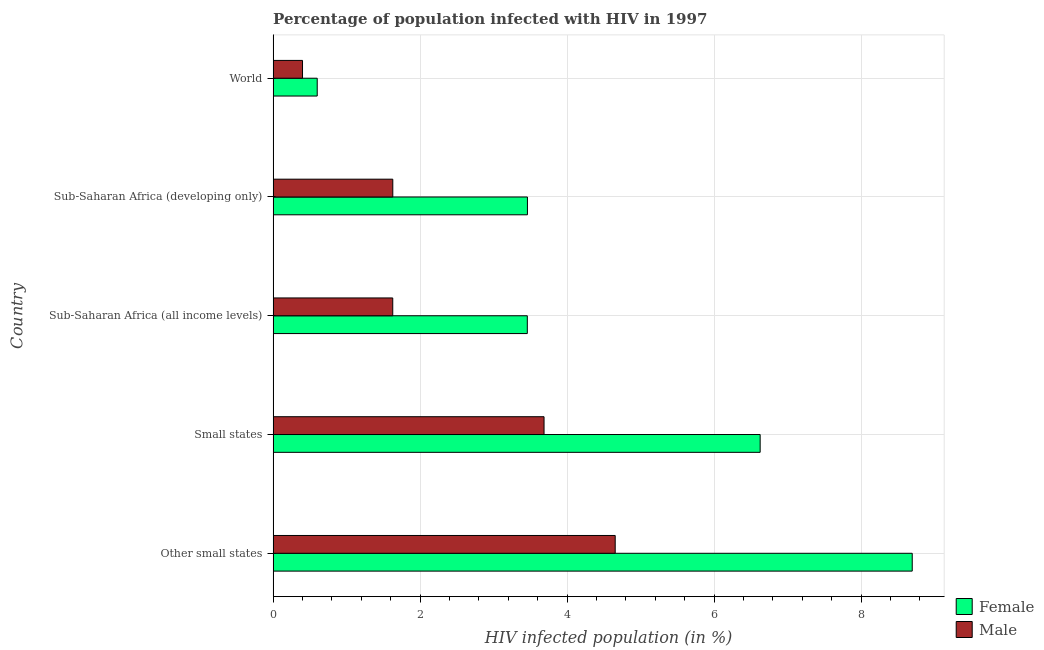
| Country | Female | Male |
 | --- | --- | --- |
 | Other small states | 8.7 | 4.66 |
 | Small states | 6.63 | 3.69 |
 | Sub-Saharan Africa (all income levels) | 3.46 | 1.63 |
 | Sub-Saharan Africa (developing only) | 3.46 | 1.63 |
 | World | 0.6 | 0.4 |